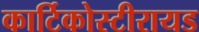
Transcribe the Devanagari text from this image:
कार्टिकोस्टीरायड